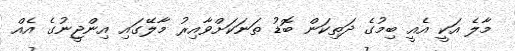
މާލެ އަކީ އެއީ ބިމުގެ ދަތިކަން ބޮޑު ތަނަކަށްވާއިރު މާލޭގައި އިންޖީނުގެ އެއް